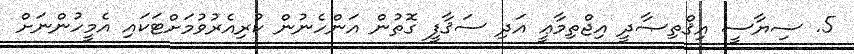
5. ސިޔާސީ އިޤްތިޞާދީ އިޖްތިމާޢީ އަދި ސަޤާފީ ގޮތުން އަންހެނުން ކުރިއެރުވުމަށްޓަކައި އެމީހުންނަށް